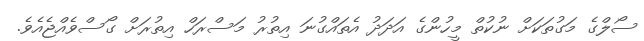
ސޯލްގެ މަގުތަކަށް ނުކުތް މީހުންގެ އަދަދު އެތައްގުނަ އިތުރު މަސްރަހް އިތުރަށް ގޯސްވެއްޖެއެވެ.